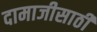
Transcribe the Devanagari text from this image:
दामाजीसाठी